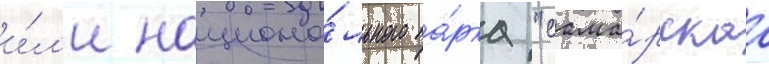
и́л'и национа́льного па́рка "сама́рскаа